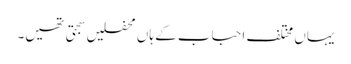
یہاں مختلف احباب کے ہاں محفلیں سجتی تھیں۔